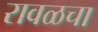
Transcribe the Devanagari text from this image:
रावळचा